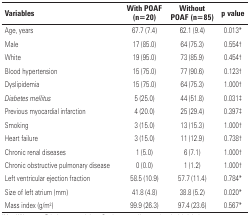
<table><thead><tr><td><b>Variables</b></td><td><b>With POAF (n=20)</b></td><td><b>Without POAF (n=85)</b></td><td><b>p value</b></td></tr></thead><tbody><tr><td>Age, years</td><td>67.7 (7.4)</td><td>62.1 (9.4)</td><td>0.013*</td></tr><tr><td>Male</td><td>17 (85.0)</td><td>64 (75.3)</td><td>0.554†</td></tr><tr><td>White</td><td>19 (95.0)</td><td>73 (85.9)</td><td>0.454†</td></tr><tr><td>Blood hypertension</td><td>15 (75.0)</td><td>77 (90.6)</td><td>0.123†</td></tr><tr><td>Dyslipidemia</td><td>15 (75.0)</td><td>64 (75.3)</td><td>1.000†</td></tr><tr><td><i>Diabetes mellitus</i></td><td>5 (25.0)</td><td>44 (51.8)</td><td>0.031‡</td></tr><tr><td>Previous myocardial infarction</td><td>4 (20.0)</td><td>25 (29.4)</td><td>0.397‡</td></tr><tr><td>Smoking</td><td>3 (15.0)</td><td>13 (15.3)</td><td>1.000†</td></tr><tr><td>Heart failure</td><td>3 (15.0)</td><td>11 (12.9)</td><td>0.738†</td></tr><tr><td>Chronic renal diseases</td><td>1 (5.0)</td><td>6 (7.1)</td><td>1.000†</td></tr><tr><td>Chronic obstructive pulmonary disease</td><td>0 (0.0)</td><td>1 (1.2)</td><td>1.000†</td></tr><tr><td>Left ventricular ejection fraction</td><td>58.5 (10.9)</td><td>57.7 (11.4)</td><td>0.784*</td></tr><tr><td>Size of left atrium (mm)</td><td>41.8 (4.8)</td><td>38.8 (5.2)</td><td>0.020*</td></tr><tr><td>Mass index (g/m<sup>2</sup>)</td><td>99.9 (26.3)</td><td>97.4 (23.6)</td><td>0.567*</td></tr></tbody></table>